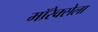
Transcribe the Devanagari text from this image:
मॉरेक्सेला